Annual report on the working of the lock hospitals in the North-Western Provinces and Oudh
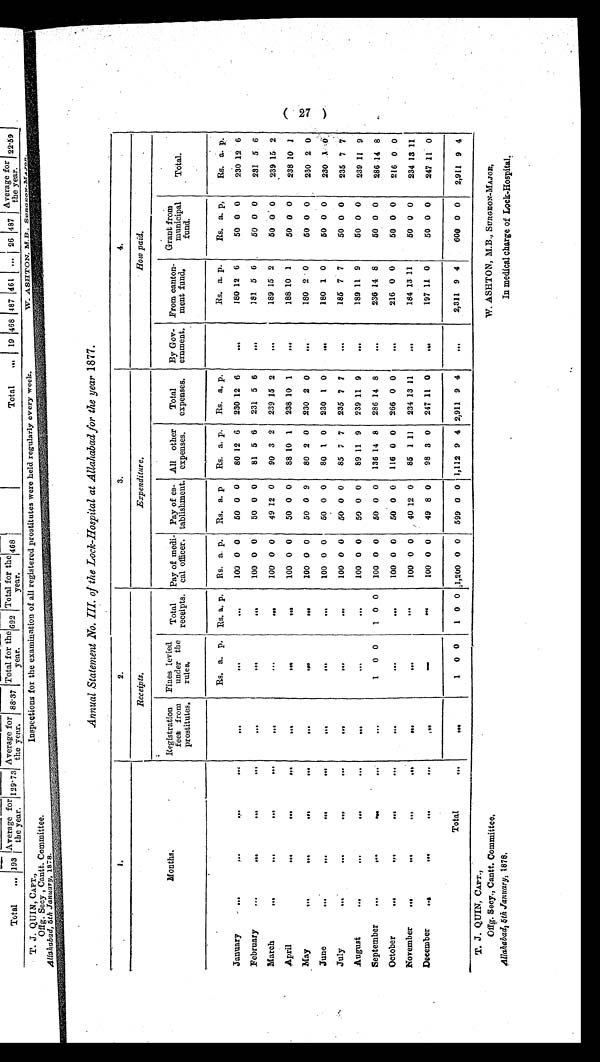
T. J. QUIN, CAPT.,
Offg. Secy., Cantt. Committee
, A l l a h a b a d , 5 t h J a n u a r y ,
1878.
W. ASHTON, M.B., SURGEON-MAJOR,
In medical charge of Lock-Hospital.
Annual Statement No. III. of the Lock-Hospital at Allahabad for the year 1877.
1 .
2.
3.
4.
Months.
R e c e i p t s .
E x p e n d i t u r e .
How paid.
Registration
fees from
prostitutes.
Fines levied
under the
rules.
Total
receipts.
Pay of medi-
cal officer.
Pay of es-
tablishment.
All other
expenses.
Total
expenses.
By Gov-
ernment.
From canton-
ment fund.
Grant from
municipal
fund.
Total.
January
...
...
...
. . .
. . .
Rs. a. p. Rs. a.
..,
p. Rs.
100
a.
0
p.
0
Es.
50
a.
0
p
0
Rs.
80
a.
12
p.
6
Rs.
230
a,
12
p.
6
Rs.
180
a.
12
p.
6
Rs.
50
a.
0
p.
0
Rs.
230
a.
12
p.
6
February
...
. . .
...
. . .
. . .
...
...
100 0 0
50 0 0
81 5 6 231 5 6
...
181 5 6
50 0 0
231 5 6
March
. . .
...
...
. . .
. . .
. . .
...
100 0 0
49 12 0
90 3 2 239 15 2
...
189 15 2
50 0 0
239 15 2
April
. . .
. . .
. . .
...
. . .
. . .
. . .
100 0 0
50 0 0
88 10 1
238 10 1
. . .
188 10 1
50 0 0
238 10 1
May
. . .
. . .
. . .
...
. . .
. . .
. . .
100 0 0
50 0 9
80 2 0 230 2 0
...
180 2 0
50 0 0
230 2 0
June
...
. . .
. . .
...
. . .
. . .
...
100 0 0
50 0 0
80 1 0 230 1 0
...
180 1 0
50 0 0
230 1 0
July
. . .
. . .
. . .
...
. . .
. . .
. . .
100 0 0
50 0 0
85 7 7 235 7 7
...
185 7 7
50 0 0
235 7 7
August
...
...
. . .
. . .
. . .
. . .
. . .
100 0 0
50 0 0
89 11 9 239 11 9
. . .
189 11 9
50 0 0
239 11 9
September
. . .
...
...
...
. . .
1 0 0
1 0 0
100 0 0
50 0 0 136 14 8 286 14 8
. . .
236 14 8
50 0 0
286 1 4 8
October
. . .
. . .
. . .
. . .
. . .
. . .
. . .
100 0 0
50 0 0 116 0 0 266 0 0
...
216 0 0
50 0 0
216 0 0
November
...
. . .
. . .
...
. . .
. . .
. . .
100 0 0
40 12 0
85 1 11 234 13 11
. . .
184 13 11
50 0 0
234 13 11
December
. . .
. . .
. . .
...
. . .
. . .
. . .
100 0 0
49 8 0
98 3 0 247 11 0
. . .
197 11 0
50 0 0
247 11 0
Total
. . .
. . .
1 0 0
1 0 0 1,200 0 0 599 0 0 1,112 9 4 2,911 9 4
...
2,311 9 4
600 0 0
2,911 9 4